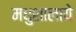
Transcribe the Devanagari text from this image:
मधुशालाये